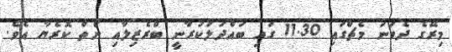
މިރޭގެ ދެވަނަ މެޗްގައި 11.30 ގައި ބައްދަލުކުރާނީ ބްރެޒިލާއި ނޯތް ކޮރެޔާ އެވެ.